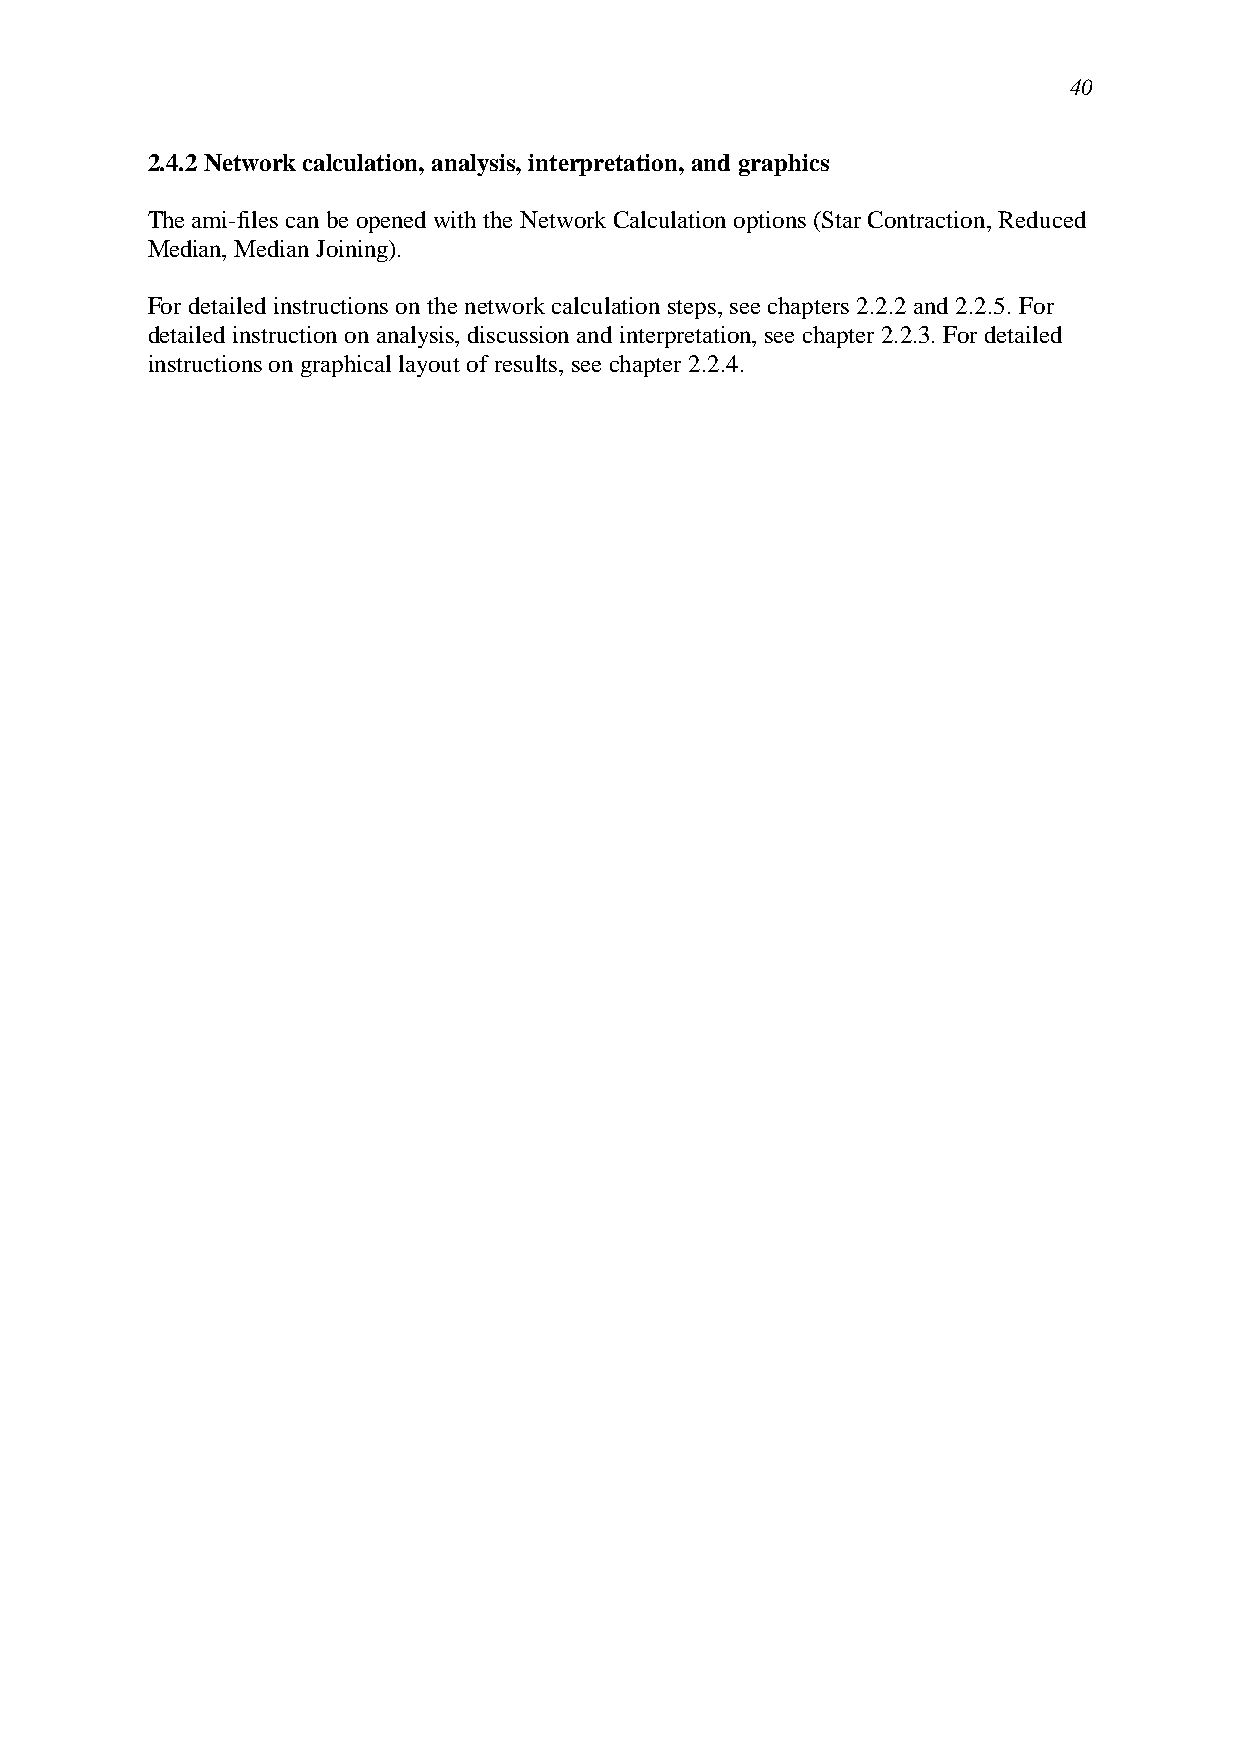
40
 2.4.2 Network calculation, analysis, interpretation, and graphics
 The ami-files can be opened with the Network Calculation options (Star Contraction, Reduced
 Median, Median Joining).
 For detailed instructions on the network calculation steps, see chapters 2.2.2 and 2.2.5. For
 detailed instruction on analysis, discussion and interpretation, see chapter 2.2.3. For detailed
 instructions on graphical layout of results, see chapter 2.2.4.